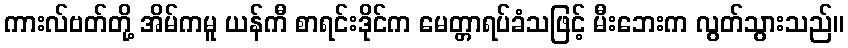
ကားလ်ဗတ်တို့ အိမ်ကမူ ယန်ကီ စာရင်းဒိုင်က မေတ္တာရပ်ခံသဖြင့် မီးဘေးက လွတ်သွားသည်။